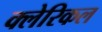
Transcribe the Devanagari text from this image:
क्लेरिकल